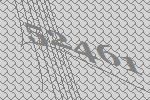
52461